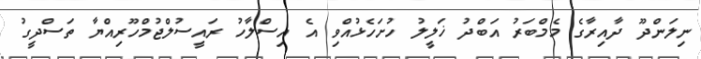
ނިލަންދޫ ދާއިރާގެ މެމްބަރު އަބްދު ޚަލީލު ހުށަހެޅުއްވި އެ އިސްލާހު ރައީސުލްޖުމްހޫރިއްޔާ ތަސްދީގު